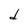
Character: d